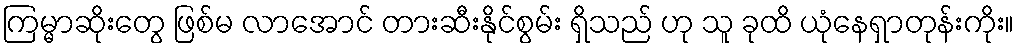
ကြမ္မာဆိုးတွေ ဖြစ်မ လာအောင် တားဆီးနိုင်စွမ်း ရှိသည် ဟု သူ ခုထိ ယုံနေရှာတုန်းကိုး။